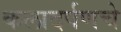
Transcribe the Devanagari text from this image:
कलादर्पणचे